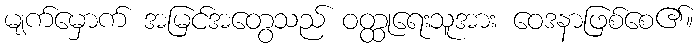
မျက်မှောက် အမြင်အတွေသည် ဝတ္ထုရေးသူအား ဝေဒနာဖြစ်စေ၏။